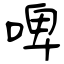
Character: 啤